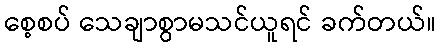
စေ့စပ် သေချာစွာမသင်ယူရင် ခက်တယ်။